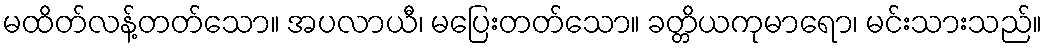
မထိတ်လန့်တတ်သော။ အပလာယီ၊ မပြေးတတ်သော။ ခတ္တိယကုမာရော၊ မင်းသားသည်။